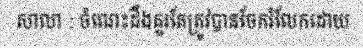
សាលា : ចំណេះដឹងគួរតែត្រូវបានចែករំលែកដោយ